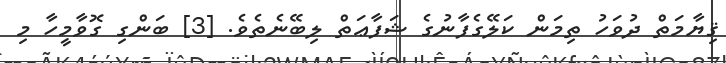
ޤިޔާމަތް ދުވަހު ތިމަން ކަލޭގެފާނުގެ ޝަފާޢަތް ލިބޭނެތެވެ. [3] ބަންގި ގޮވާމީހާ މި